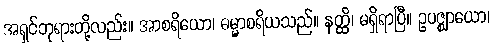
အရှင်ဘုရားတို့လည်း။ အာစရိယော၊ ဓမ္မာစရိယသည်။ နတ္ထိ၊ မရှိရာပြီ။ ဥပဇ္ဈာယော၊